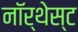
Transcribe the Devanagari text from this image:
नॉर्थेस्ट